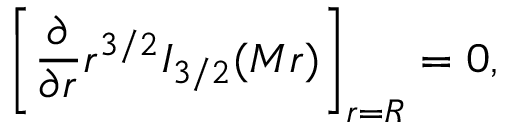
\left[ { \frac { \partial } { \partial r } } r ^ { 3 / 2 } I _ { 3 / 2 } ( M r ) \right] _ { r = R } = 0 ,